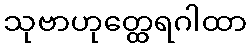
သုဗာဟုတ္ထေရဂါထာ